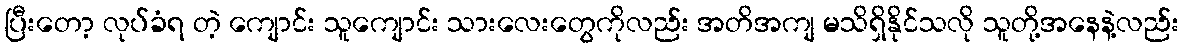
ပြီးတော့ လုပ်ခံရ တဲ့ ကျောင်း သူကျောင်း သားလေးတွေကိုလည်း အတိအကျ မသိရှိနိုင်သလို သူတို့အနေနဲ့လည်း